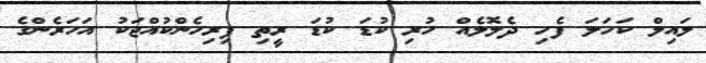
ލައިލް ކަހަލަ ފެހި ދެލޮލެއް ހުރި ކުޑަ ކުޑަ ރީތި ފިރިހެންކުއްޖަކު އަހަރެންގެ